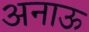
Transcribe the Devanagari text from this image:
अनाऊ